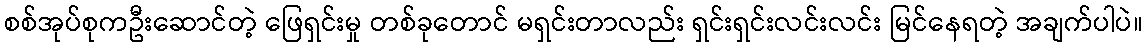
စစ်အုပ်စုကဦးဆောင်တဲ့ ဖြေရှင်းမှု တစ်ခုတောင် မရှင်းတာလည်း ရှင်းရှင်းလင်းလင်း မြင်နေရတဲ့ အချက်ပါပဲ။